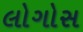
લોગોસ